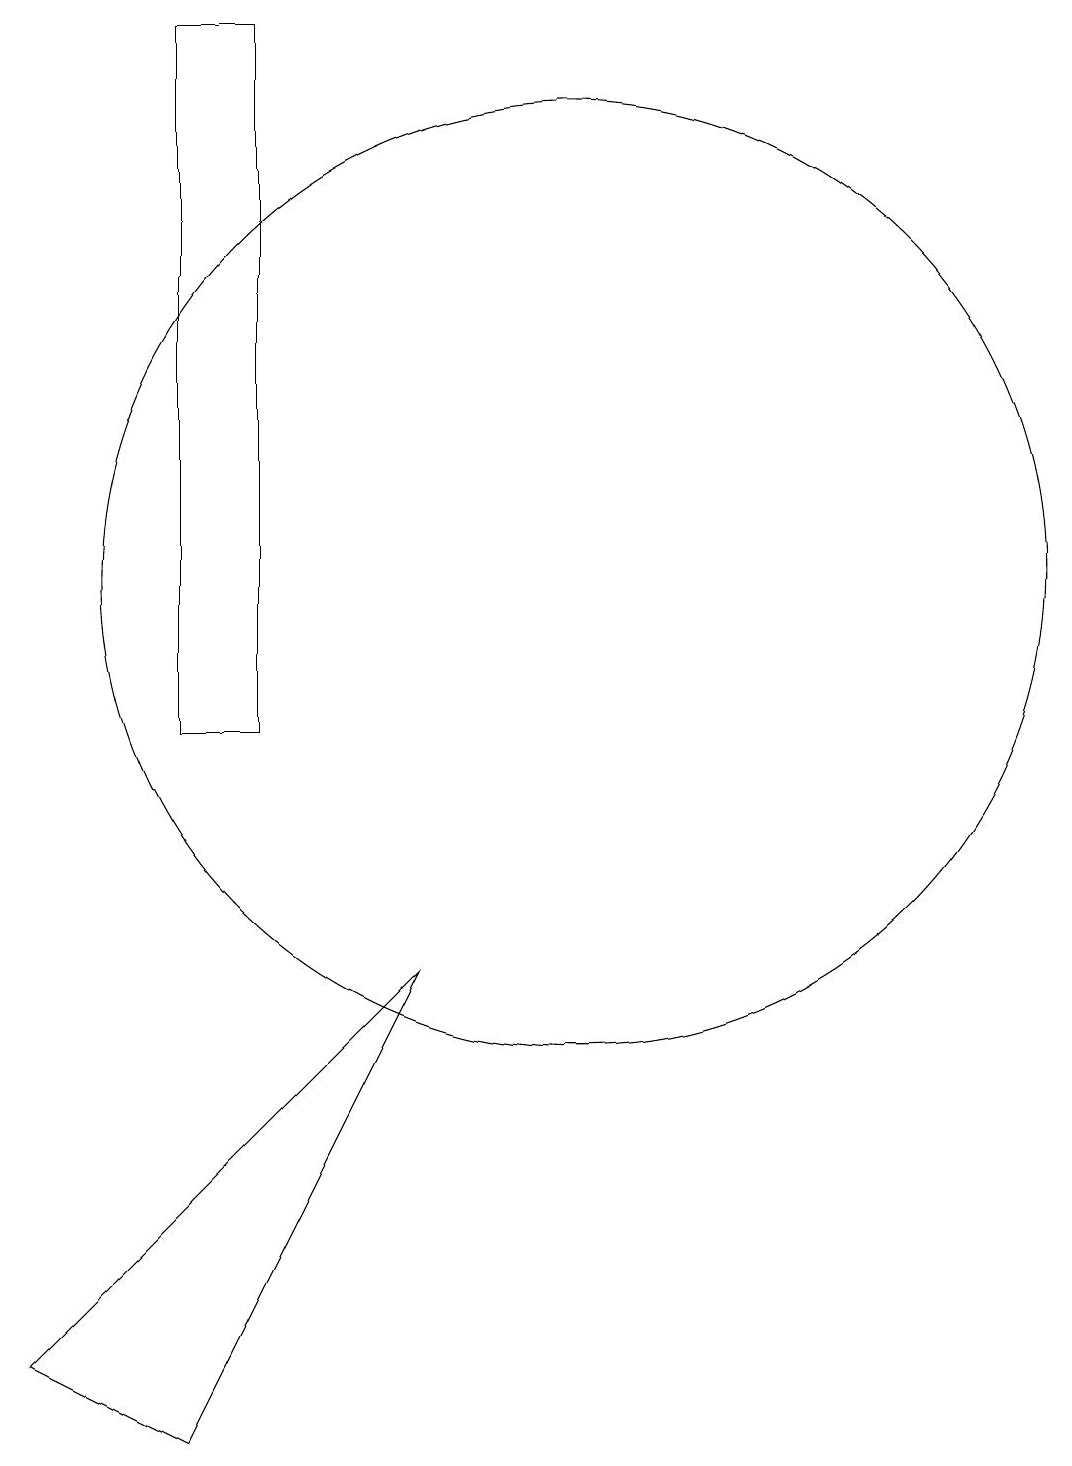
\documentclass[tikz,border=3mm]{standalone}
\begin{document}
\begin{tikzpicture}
\draw (6,10) rectangle (7,19);
\draw (11,12) circle (6);
\draw (9,7) -- (6,1) -- (4,2) -- cycle;
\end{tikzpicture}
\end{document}